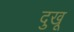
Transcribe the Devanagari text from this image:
दुखू